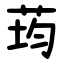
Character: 荺